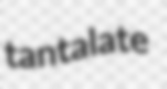
tantalate